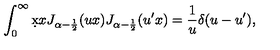
\int _ { 0 } ^ { \infty } \d x x J _ { \alpha - \frac 1 2 } ( u x ) J _ { \alpha - \frac 1 2 } ( u ^ { \prime } x ) = \frac 1 u \delta ( u - u ^ { \prime } ) ,